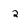
Character: 2